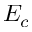
E _ { c }